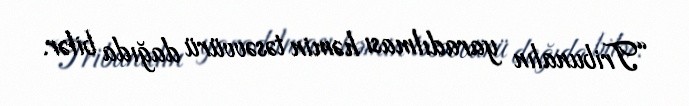
“Tribunalın yaradılması həmin təsəvvürü dağıda bilər.